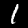
Digit: 1